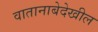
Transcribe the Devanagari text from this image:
वातानाबेदेखील